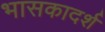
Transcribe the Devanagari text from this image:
भासकादर्श